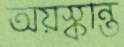
অয়স্কান্ত